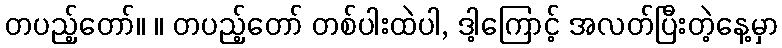
တပည့်တော်။ ။ တပည့်တော် တစ်ပါးထဲပါ, ဒါ့ကြောင့် အလတ်ပြီးတဲ့နေ့မှာ